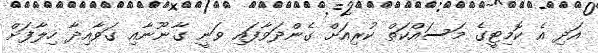
އަދި އެ ކޮމިޓީގެ މަސައްކަތް ކުރިއަށް ގެންދަވާފައި ވަނީ ގާނޫނާއި ގަވާއިދާ ހިލާފަށް